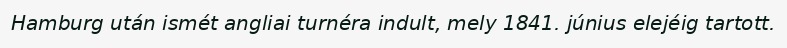
Hamburg után ismét angliai turnéra indult, mely 1841. június elejéig tartott.